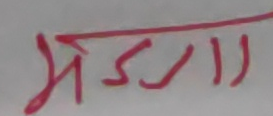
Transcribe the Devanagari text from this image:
भैडामा